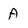
Character: A